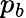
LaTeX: p_{b}